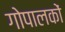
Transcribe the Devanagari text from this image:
गोपालकों